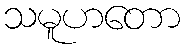
သမူဟတော